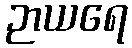
ဉာယရေ